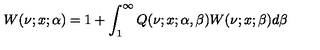
W ( \nu ; x ; \alpha ) = 1 + \int _ { 1 } ^ { \infty } Q ( \nu ; x ; \alpha , \beta ) W ( \nu ; x ; \beta ) d \beta